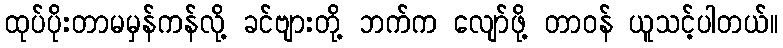
ထုပ်ပိုးတာမမှန်ကန်လို့ ခင်ဗျားတို့ ဘက်က လျော်ဖို့ တာဝန် ယူသင့်ပါတယ်။